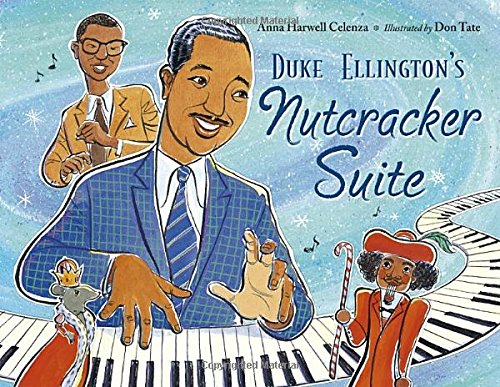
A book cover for Duke Ellington's Nutcracker Suite; Anna Harwell Celenza; Children's Books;